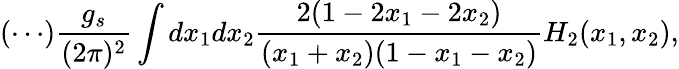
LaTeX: (\cdots)\frac{g_{s}}{(2\pi)^{2}}\int dx_{1}dx_{2}\frac{2(1-2x_{1}-2x_{2})}{(x_{1}+x_{2})(1-x_{1}-x_{2})}H_{2}(x_{1},x_{2}),